Indian journal of veterinary science and animal husbandry - Volume 9,
Year: 1939
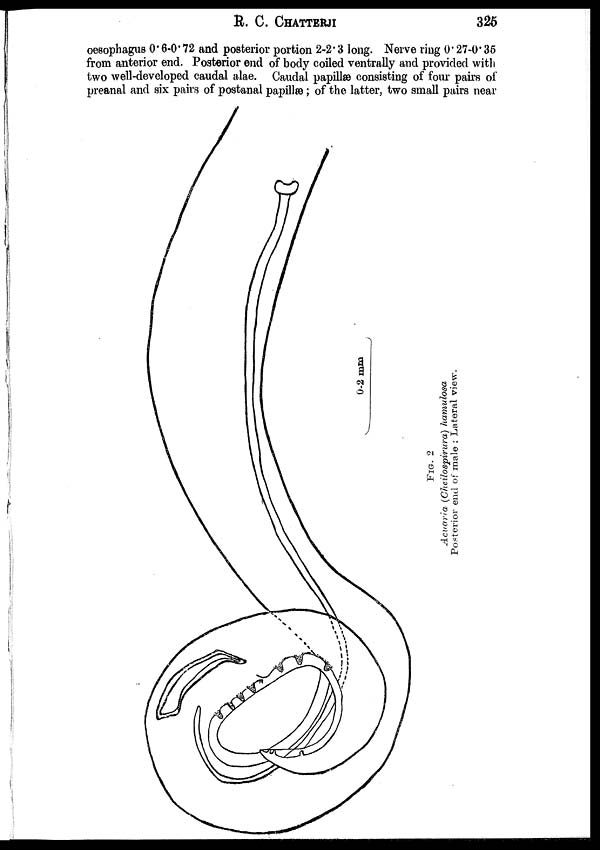
R. C.
CHATTERJI
325
oesophagus 0.6-0.72 and posterior portion 2-2.3 long. Nerve ring 0.27-0.35
from anterior end. Posterior end of body coiled ventrally and provided with
two well-developed caudal alae. Caudal papillæ consisting of four pairs of
preanal and six pairs of postanal papillæ; of the latter, two small pairs near
FIG. 2
Acuaria
(Cheilospirura) hamulosa
Posterior end of male ; Lateral view.